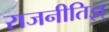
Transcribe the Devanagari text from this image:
राजनीतिज्ञ्